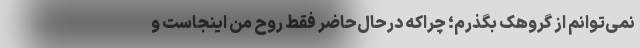
نمی‌توانم از گروهک بگذرم؛ چرا‌که در‌حال‌حاضر فقط روح من اینجاست و